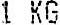
1 KG